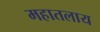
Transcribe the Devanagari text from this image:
महातलाय